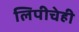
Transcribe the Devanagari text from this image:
लिपीचेही